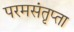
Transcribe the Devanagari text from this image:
परमसंतृप्ता